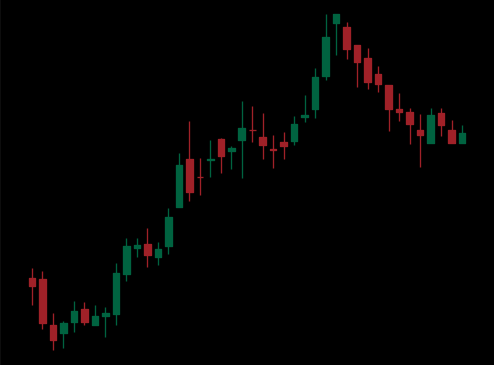
Pattern: bear_flag